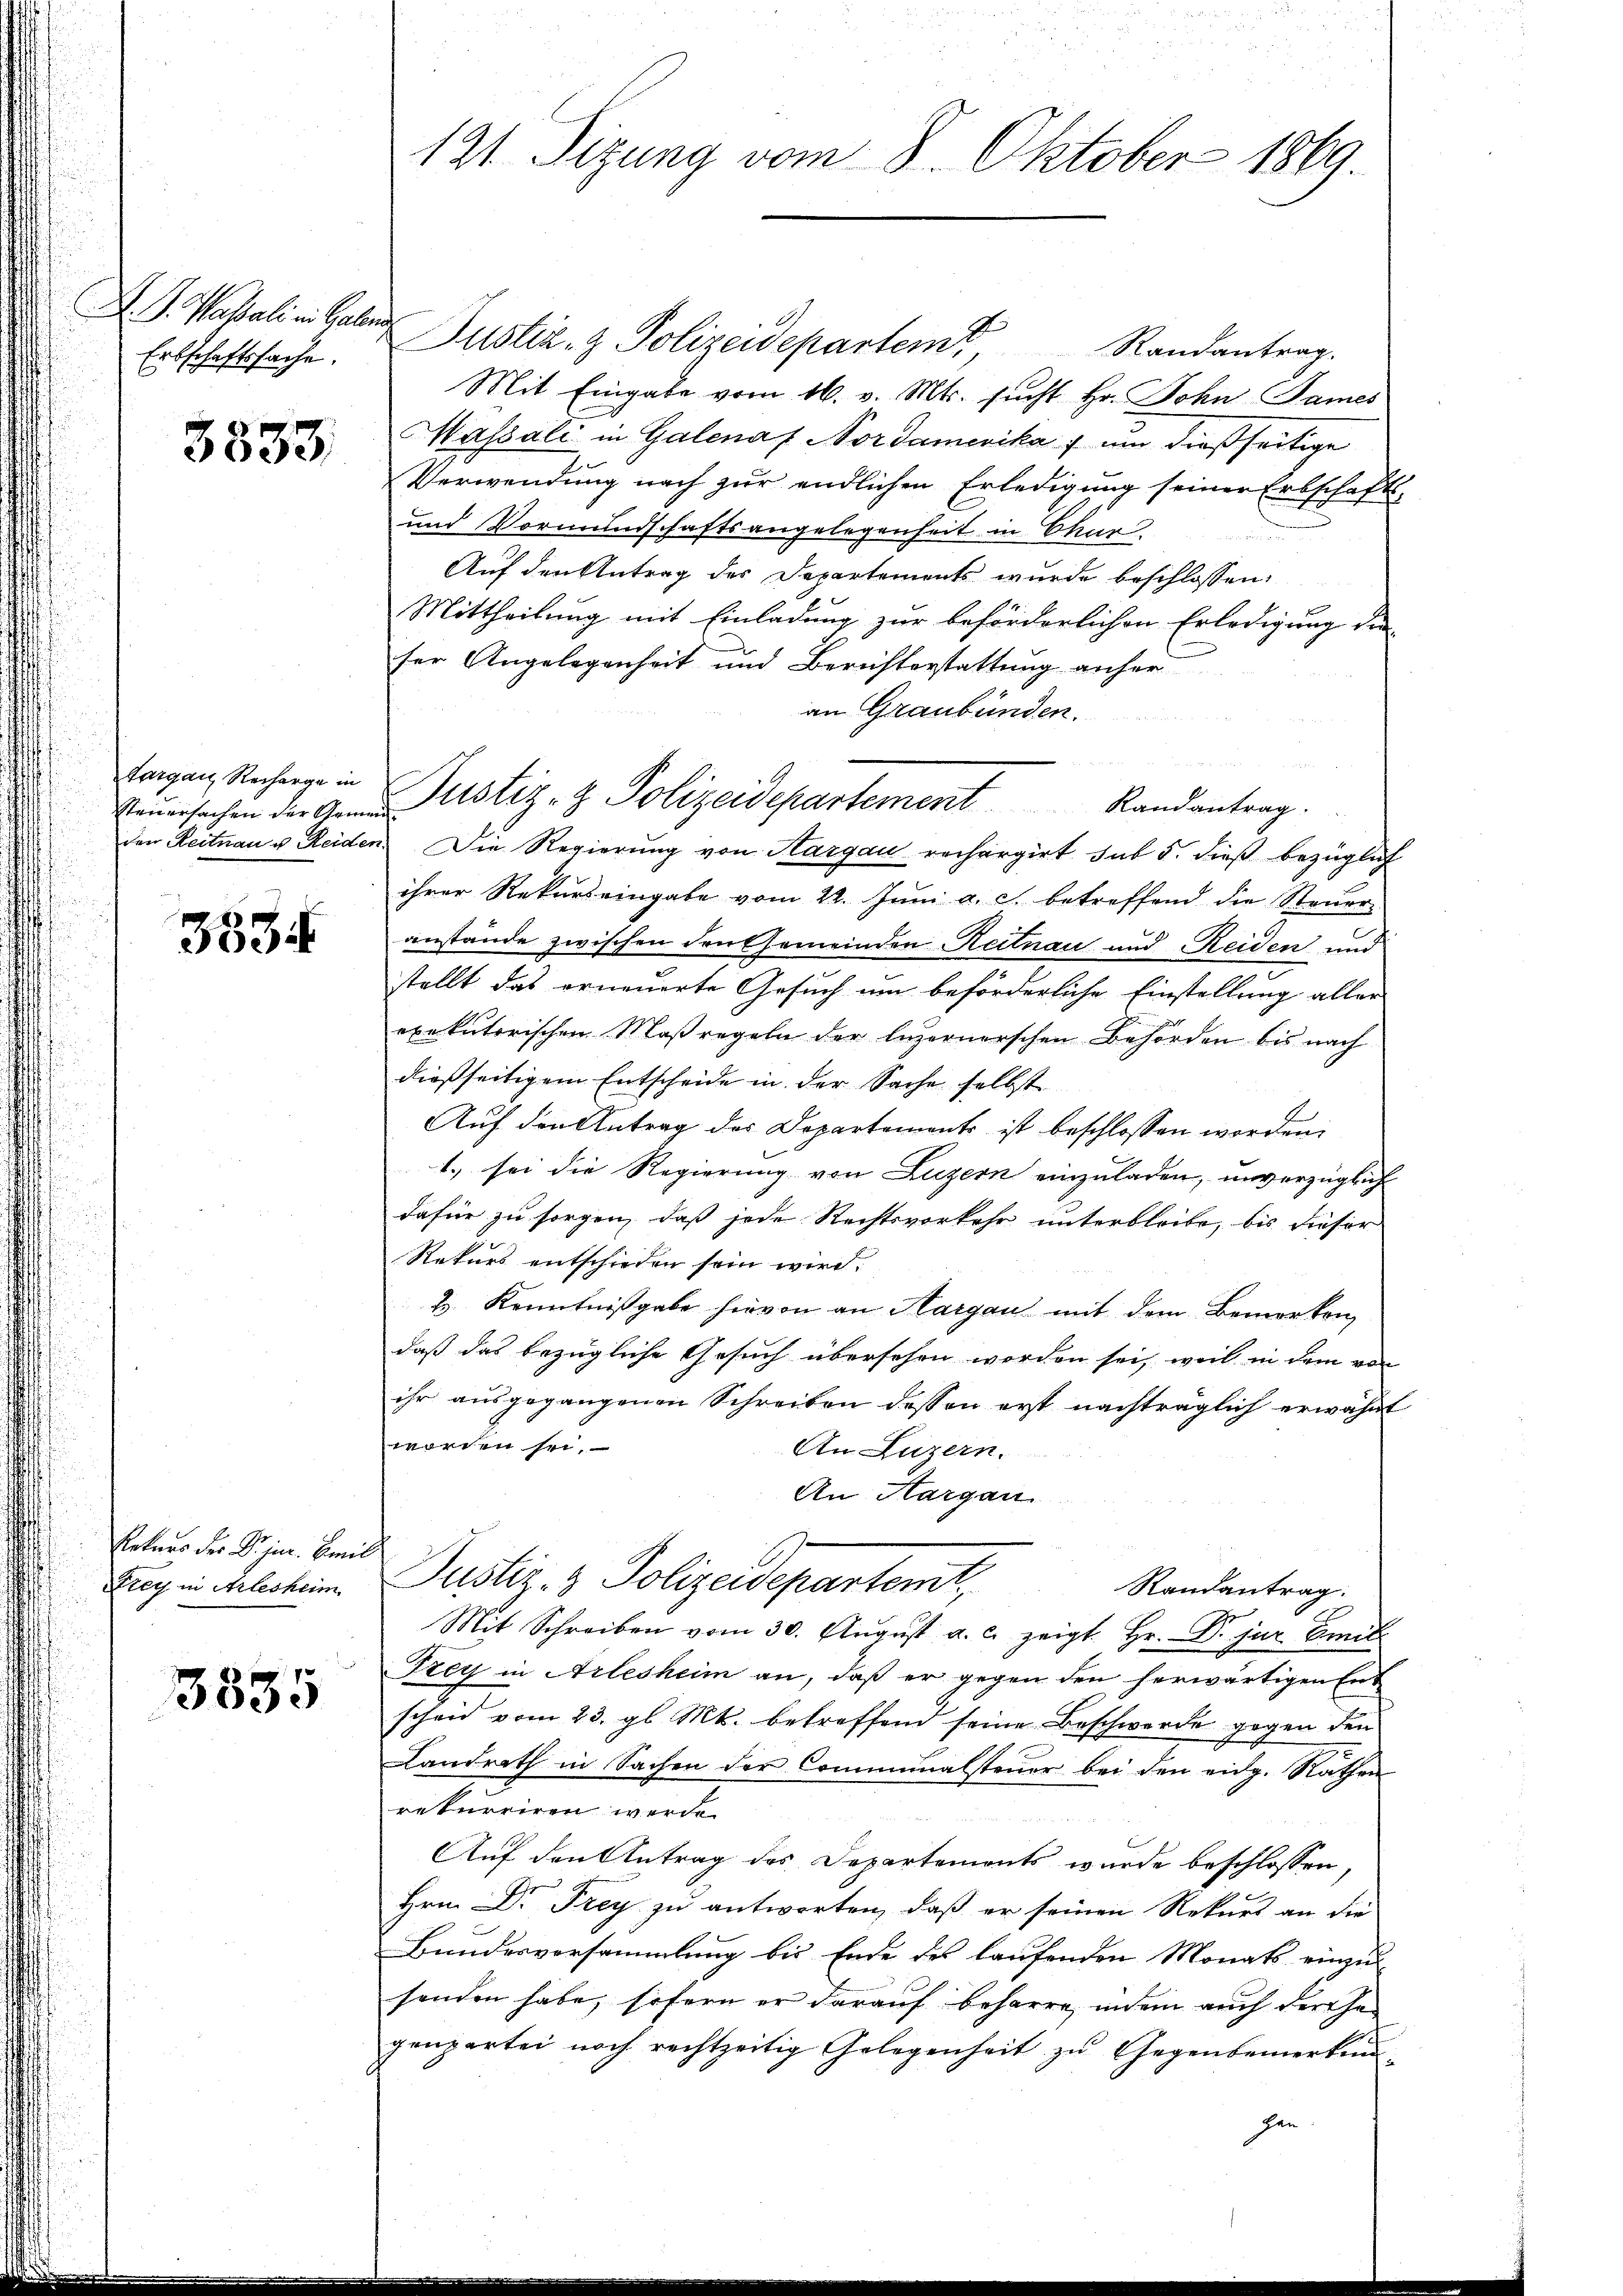
Erbschaftssache.

3533.

Steuersachen der Gemein¬

3534

Entars der Sohn. Camill
Drey in Arlesheim

3535

A. J. Kassalin. Galer Justiz- & Polizeidepartem Randantrag.
Mit Eingabe vom 16. v. Mts. sucht Hr. John James
Massali in Galenaf Nordamerika  um dießseitige
Verwendung nach zur endlichen Erledigung seiner Erbschafts-
und Vormundschaftsangelegenheit in Char
Auf den Antrag des Departements wurde beschlossen:
Mittheilung mit Einladung zur beförderlichen Erledigung der
ser Angelegenheit und Berichterstattung anher
an Graubünden.
den Reitnau u. Reiden. Die Regierung von Hargau rechargirt sub 5. dieβ bezüglich
ihrer Rekurs eingabe vom 22. Juni a. c. betreffend die Steueranstände zwischen Deutsemeinden Reitnau und Reiden und
stellt das erneuerte Gesuch um beförderliche Einstellung aller
exekutorischen Maßregeln der luzernerschen Behörden bis nach
dießseitigem Entscheide in der Sache selbst
Auf den Antrag des Departements ist beschlossen worden.
1. sei die Regierung von Luzern einzuladen, unverzüglich
dafür zu sorgen, daß jede Rechtsverkehr unterbleibe, bis dieser
Rekurs entschieden sein wird.
Z. Kenntnißgabe hievon an Margau mit dem Bemerken,
daß das bezügliche Gesuch übersehen worden sei, weil in dem von
ihr ausgegangenen Schreiben dessen erst nachträglich erwähnt
worden sei.
An Luzern.
An Aargau.
Justiz- & Polizeidepartemit,
Randantrag.
Mit Schreiben vom 30. Aŭgŭst a. c. zeigt Hr. Dr. jur. Emil
Frey in Arlesheim an, daß er gegen den herwärtigen Ent
scheid vom 23. gl. Mt. betreffend seine Beschwerde gegen den
Landrath in Sachen der Communalsteuer bei den eidg. Rathen
rekurriren werde.
Auf den Antrag des Departemonts wurde beschlossen,
Hrn. Dr Frey zu antworten, daß er seinen Rekurs an die
Bundesversammlung bis Ende des laufenden Monats einzu-
senden habe, sofern er darauf beharre, indem auch der Gegenpartei noch rechtzeitig Gelegenheit zu Gegenbemerkund
gen

121. Sizung vom 8. Oktober 1869.

Tagen Recharge in Justiz- & Polizeidepartement Randantrag.